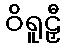
ဝိရူဠှီ